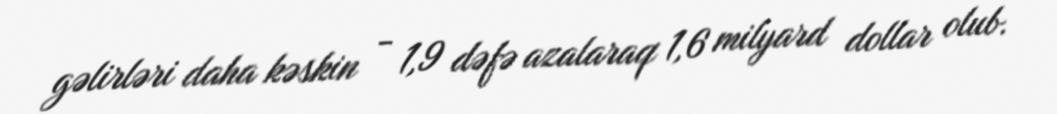
gəlirləri daha kəskin - 1,9 dəfə azalaraq 1,6 milyard dollar olub.